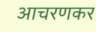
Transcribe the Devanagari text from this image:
आचरणकर